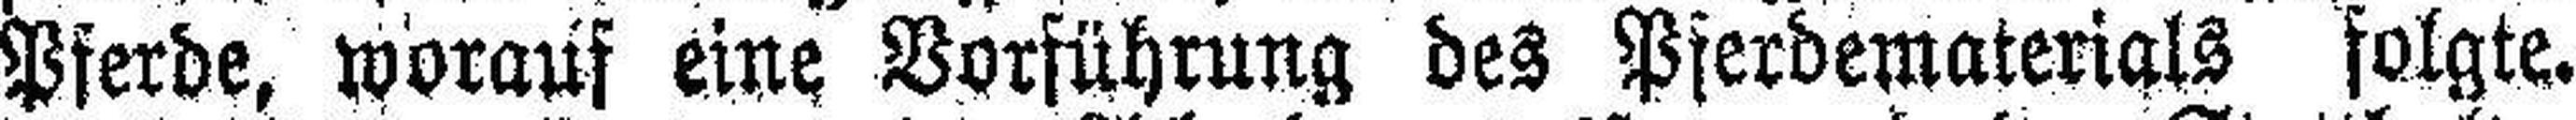
Pferde, worauf eine Vorführung des Pferdematerials folgte.